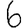
Digit: 6